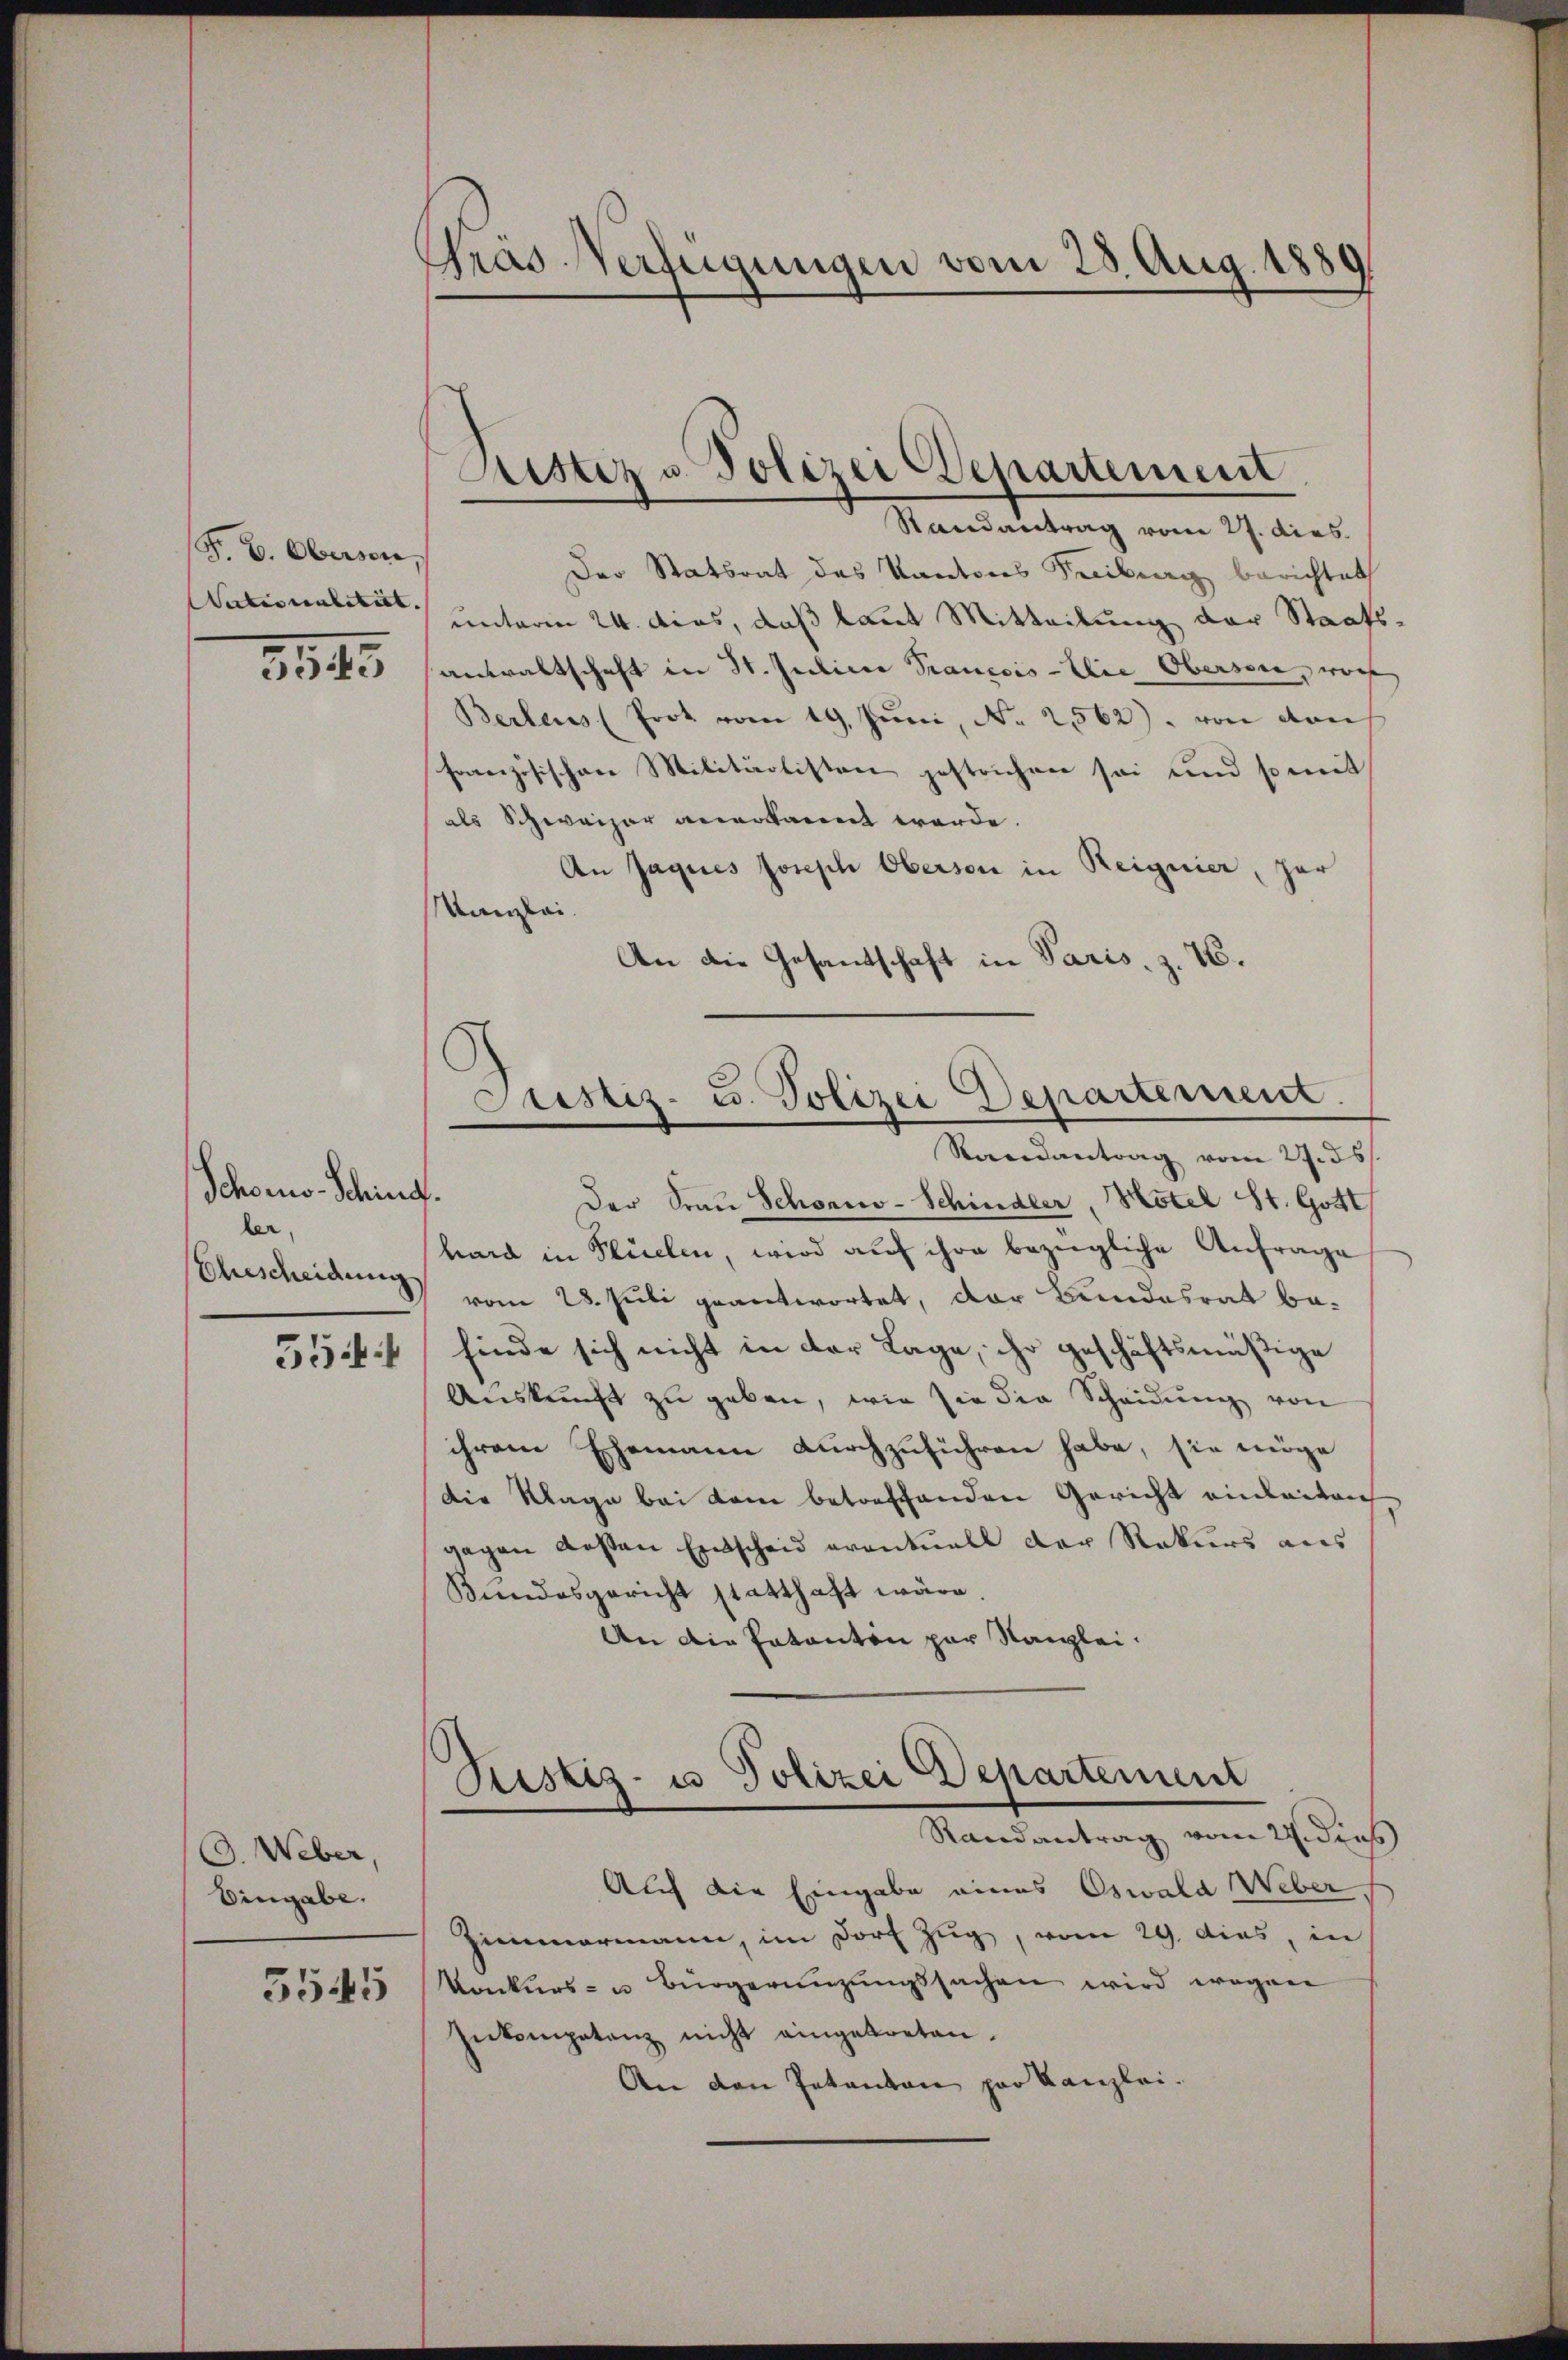
F. L. Obersone
Vaterialetirt, |
3845

Schons Schind
ler,
Ehescheidung

5544

C. Weber,
Eingabe.
5545

Präs. Verfügungen vom 28. Aug. 1880

Ristiz u. Polizei Departement

Justiz- u. Polizei Departement.
Randantrag vom 27. ds.

Randantrag vom 27. dies
Der Statsrat des Kantons Freiburg berichtet
unterm 24. dies, daß laut Mitteilung der Staats
anwaltschaft in St. Juliere Trauecis-Elie Oberson, wor
Berleus (Prot vom 19. Juni, No 2562), von dau
Französischen Militärlisten gestrichen sei und so mit
als Schweizer anerkannt werde.
An Jaques Joseph Oberson in Reignier, zur
Kanzlei.
An die Gesandschaft in Paris, z. B.
.
Der Frau Schonno-Schindler, Hotel St. Gott
hard in Flüelen, wird auf ihre bezügliche Anfrage
vom 28. Juli geantwortet, der Bundesrat befinde sich nicht in der Lage, ihr geschäftsmäßige
Auskunft zu geben, wie sie die Scheidung von
ihrem Ehemann durchzuführen habe, sie möge
Die Klage bei kam betreffenden Gericht einleiten
gegen Kosten Entscheid eventuell der Rekurs aus
Bundesgericht statthaft wäre
An die Patanton par Kanzlei.
Justiz- u Polizei Departement
Randantrag vom 22. dies
Auch die Eingabe eines Oswald Weber
Himmermann, im Dorf Zug, vom 29. dies, in
Konkurs- u. Bürgeringŭngssachen wird wegen
Inkompetanz nicht eingetreten.
An den Intanton par Kanzlei.